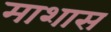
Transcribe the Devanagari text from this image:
माशास